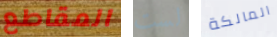
المقاطع لست المالكة